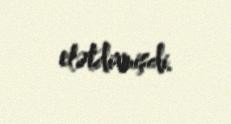
elətdirmişdi.